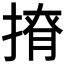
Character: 𢰒